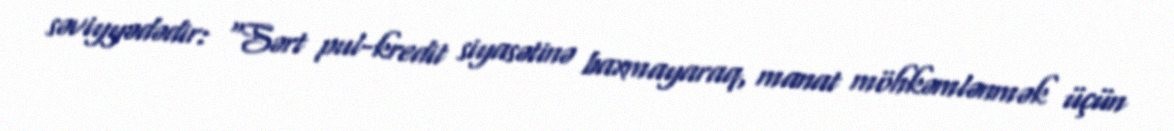
səviyyədədir: “Sərt pul-kredit siyasətinə baxmayaraq, manat möhkəmlənmək üçün